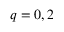
q = 0 , 2